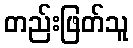
တည်းဖြတ်သူ